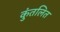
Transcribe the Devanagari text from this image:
कुंतलित